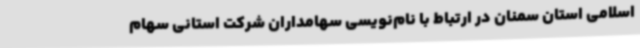
اسلامی استان سمنان در ارتباط با نام‌نویسی سهامداران شرکت استانی سهام